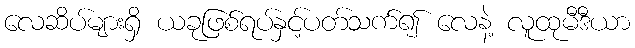
လေဆိပ်များရှိ ယခုဖြစ်ရပ်နှင့်ပတ်သက်၍ လေနဲ့ လူထုမီဒီယာ